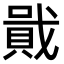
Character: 𧶒